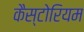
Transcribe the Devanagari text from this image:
कैस्टोरियम